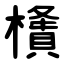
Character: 㯯